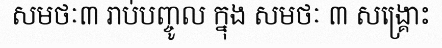
សមថៈ៣ រាប់បញ្ចូល ក្នុង សមថៈ ៣ សង្គ្រោះ